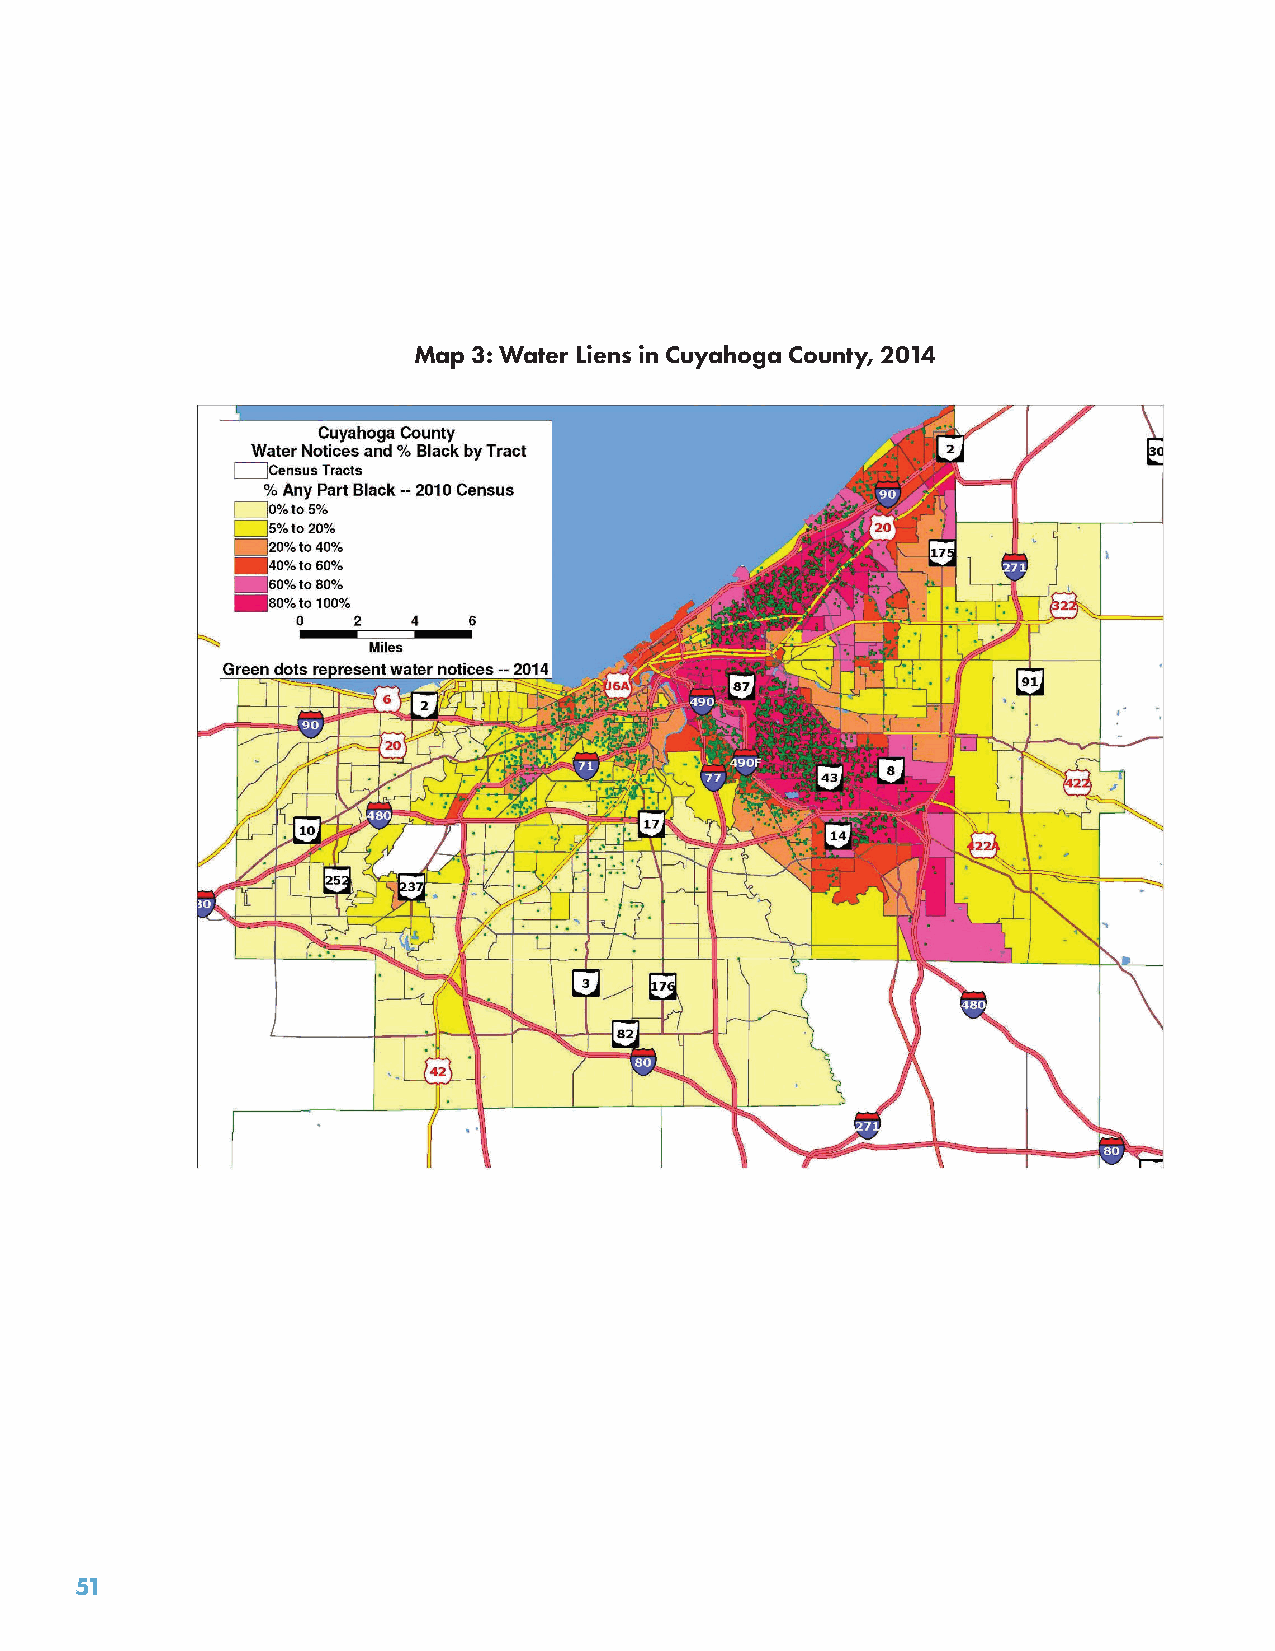
Map 3: Water Liens in Cuyahoga County, 2014                                     Map 4: Water Liens in Cuyahoga County, 2015
 51